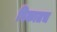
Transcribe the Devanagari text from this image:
पिकातच